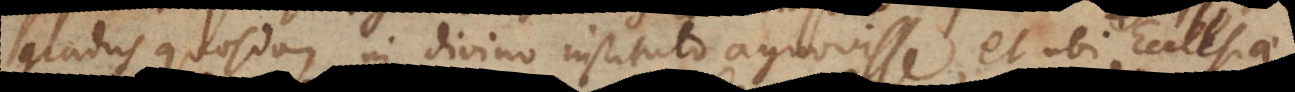
gradus quosdam in divino instituto agnovisse, et ubi Ecclesia